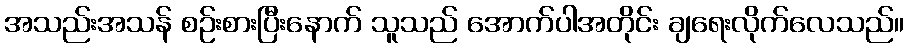
အသည်းအသန် စဉ်းစားပြီးနောက် သူသည် အောက်ပါအတိုင်း ချရေးလိုက်လေသည်။